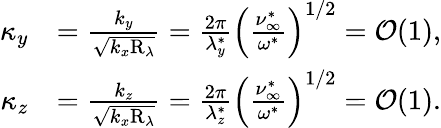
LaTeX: \begin{array}{rl}{\kappa_{y}}&{=\frac{k_{y}}{\sqrt{k_{x}\mathrm{R}_{\lambda}}}=\frac{2\pi}{\lambda_{y}^{\ast}}\left(\frac{\nu_{\infty}^{\ast}}{\omega^{\ast}}\right)^{1/2}=\mathcal{O}(1),}\\ {\kappa_{z}}&{=\frac{k_{z}}{\sqrt{k_{x}\mathrm{R}_{\lambda}}}=\frac{2\pi}{\lambda_{z}^{\ast}}\left(\frac{\nu_{\infty}^{\ast}}{\omega^{\ast}}\right)^{1/2}=\mathcal{O}(1).}\end{array}